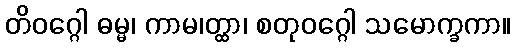
တိဝဂ္ဂေါ ဓမ္မ၊ ကာမ၊တ္ထာ၊ စတုဝဂ္ဂေါ သမောက္ခကာ။